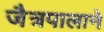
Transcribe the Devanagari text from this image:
जैत्रपालाने